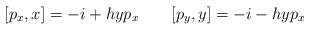
\begin{align*}[p_x,x]=-i+hyp_x \ \ \ \ \ \ [p_y,y]=-i-hyp_x\end{align*}